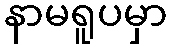
နာမရူပမှာ